Indian journal of veterinary science and animal husbandry - Volume 4,
Year: 1934
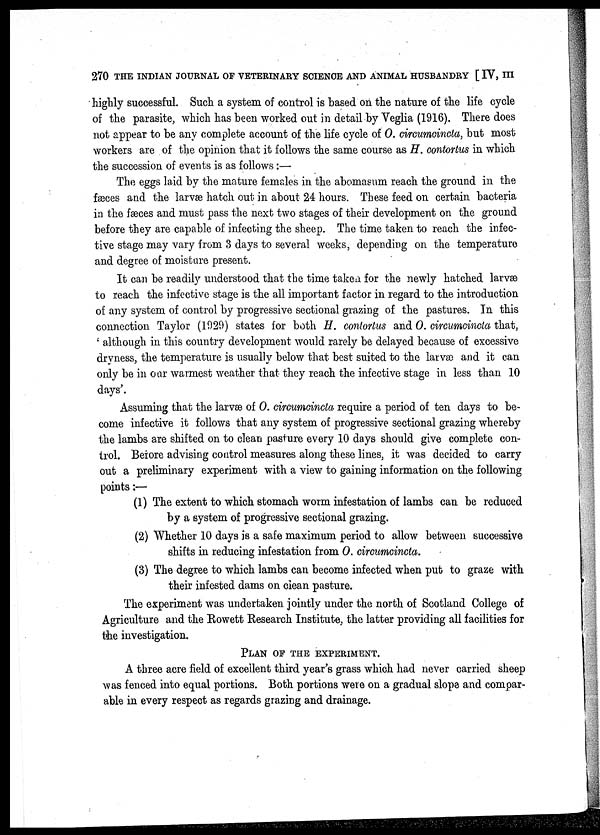
270 THE INDIAN JOURNAL OF VETERINARY SCIENCE AND ANIMAL HUSBANDRY [ IV, III
highly successful. Such a system of control is based on the nature of the life cycle
of the parasite, which has been worked out in detail by Veglia (1916). There does
not appear to be any complete account of the life cycle of O. circumcincta, but most
workers are of the opinion that it follows the same course as H. contortus in which
the succession of events is as follows :—
The eggs laid by the mature females in the abomasum reach the ground in the
fæces and the larvæ hatch out in about 24 hours. These feed on certain bacteria
in the fæces and must pass the next two stages of their development on the ground
before they are capable of infecting the sheep. The time taken to reach the infec-
tive stage may vary from 3 days to several weeks, depending on the temperature
and degree of moisture present.
It can be readily understood that the time taken for the newly hatched larvæ
to reach the infective stage is the all important factor in regard to the introduction
of any system of control by progressive sectional grazing of the pastures. In this
connection Taylor (1929) states for both H. contortus and O. circumcincta that,
' although in this country development would rarely be delayed because of excessive
dryness, the temperature is usually below that best suited to the larvæ and it can
only be in our warmest weather that they reach the infective stage in less than 10
days'.
Assuming that the larvæ of O. circumcincta require a period of ten days to be-
come infective it follows that any system of progressive sectional grazing whereby
the lambs are shifted on to clean pasture every 10 days should give complete con-
trol. Before advising control measures along these lines, it was decided to carry
out a preliminary experiment with a view to gaining information on the following
points:—
(1) The extent to which stomach worm infestation of lambs can be reduced
by a system of progressive sectional grazing.
(2) Whether 10 days is a safe maximum period to allow between successive
shifts in reducing infestation from O. circumcincta.
(3) The degree to which lambs can become infected when put to graze with
their infested dams on clean pasture.
The experiment was undertaken jointly under the north of Scotland College of
Agriculture and the Rowett Research Institute, the latter providing all facilities for
the investigation.
PLAN OF THE EXPERIMENT.
A three acre field of excellent third year's grass which had never carried sheep
was fenced into equal portions. Both portions were on a gradual slope and compar-
able in every respect as regards grazing and drainage.